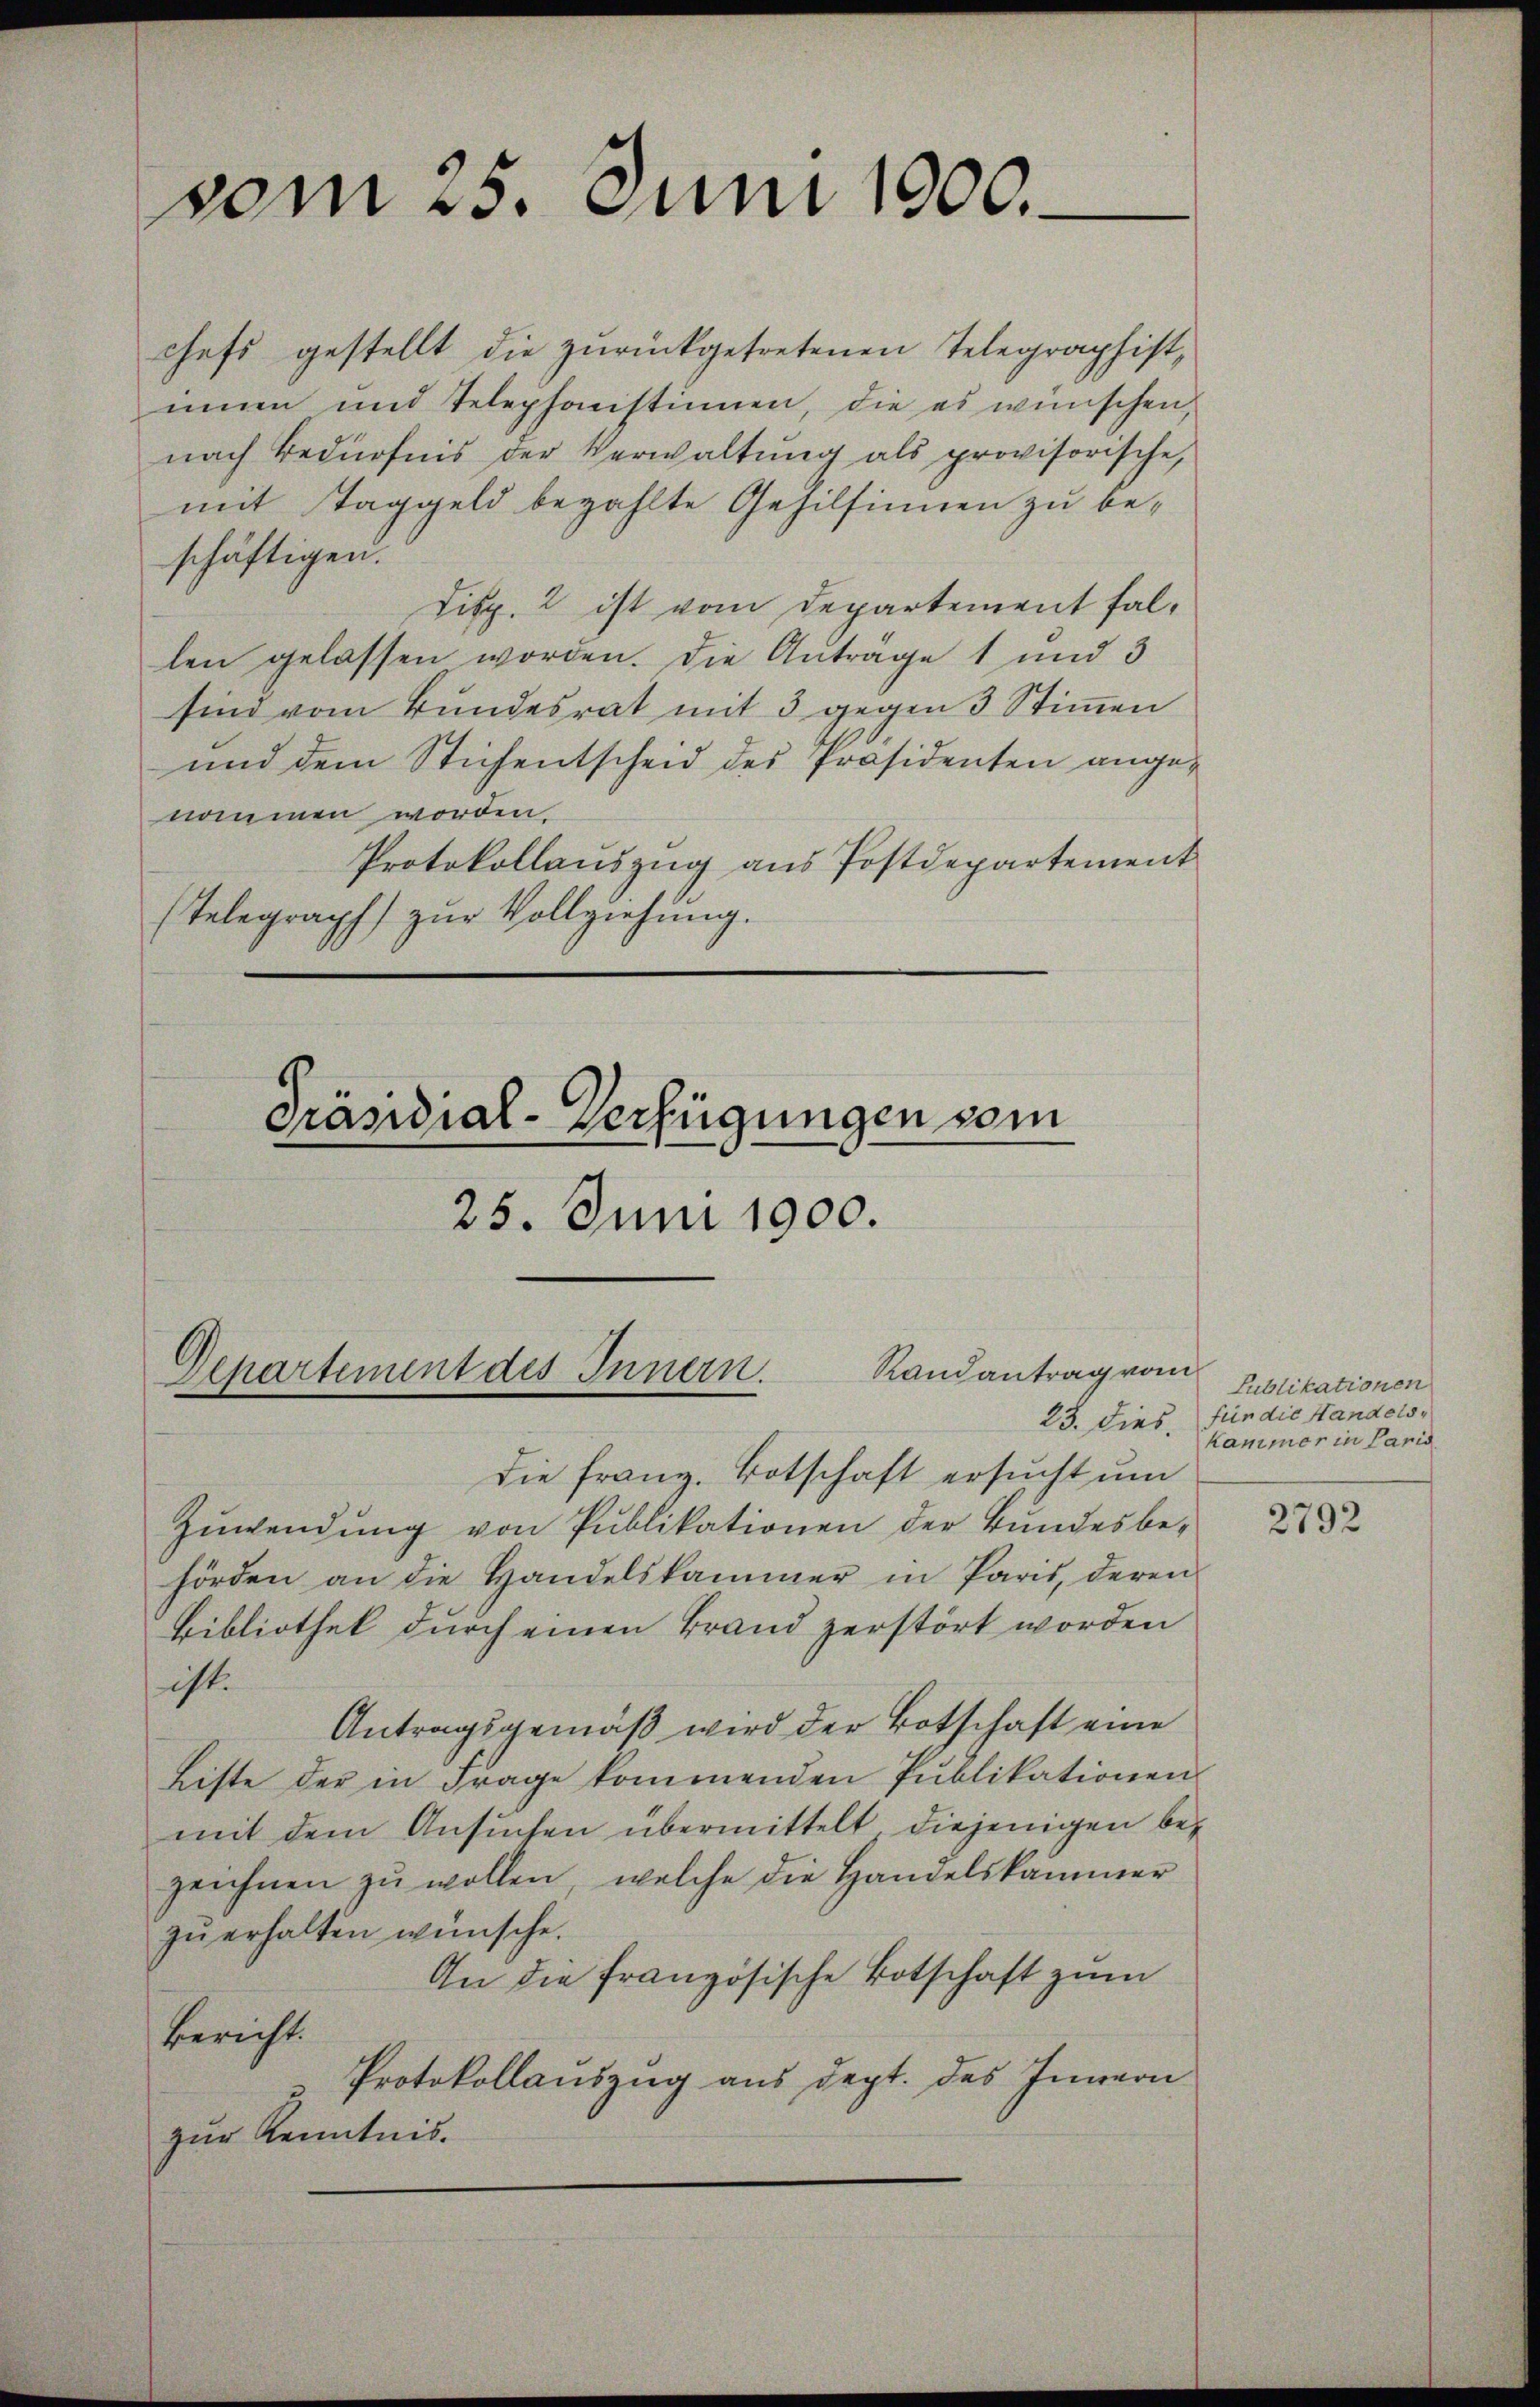
vom 25. Juni 1900.

chefs gestellt die zŭrückgetretenen Telegraphist,
innen und Telephonstinen, die es wünschen,
nach Bedürfnis der Verwaltung als provisorische,
mit Taggeld bezahlte Gehilfinnen zu beschäftigen.
Disp. 2 ist vom Departement fallen gelassen worden. Die Anträge 1 und 3
sind vom Bundesrat mit 3 gegen 3 Stimmen
und dem Stichentscheid des Präsidenten angenommen worden.
Protokollauszug aus Postdepartement
Telegraph zur Vollziehung.

Randantrag vom
Departement des Innern.

Präsidial-Verfügungen vom
25. Juni 1900.

die Franz. Botschaft ersucht um
Zuwendung von Publikationen der Bundesbehörden an die Handelskammer in Paris, deren
Bibliothek durch einen Brand zerstört worden
ist.
Antragsgemäß wird der Botschaft eine
Liste der in Frage kommenden Publikationen
mit dem Ansuchen übermittelt diejenigen bezeichnen zŭ wollen, welche die Handelskammer
zŭ erhalten wünsche.
An die französische Botschaft zum
Bericht.
Protokollauszug aus dept. des Innern
zur Kenntnis.

Publikationen
23. Dies für die Handels
Kammer in Paris

2792